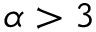
\alpha > 3